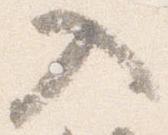
入